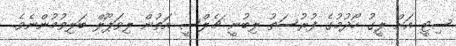
ސިޓީ އަށް ލީގު ހޯދުމުގެ ފުރުސަތު ލިބުނީ ޗެލްސީ އަތުން ލިވަޕޫލް ބަލިވުމުންނެވެ.